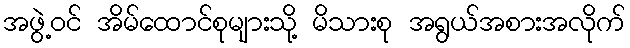
အဖွဲ့ဝင် အိမ်ထောင်စုများသို့ မိသားစု အရွယ်အစားအလိုက်